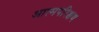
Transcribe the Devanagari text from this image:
आत्मपरिक्षण